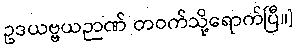
ဥဒယဗ္ဗယဉာဏ် တဝက်သို့ရောက်ပြီ။]